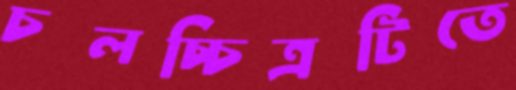
চলচ্চিত্রটিতে